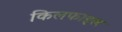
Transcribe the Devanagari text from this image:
किलफाइल